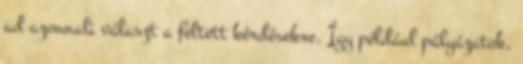
ad azonnali választ a feltett kérdésekre. Így például pályázatok,